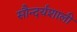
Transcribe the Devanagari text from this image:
सौन्दर्यशाली